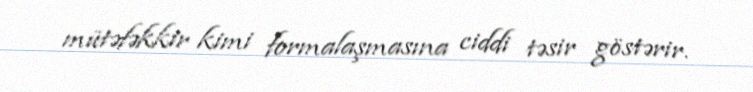
mütəfəkkir kimi formalaşmasına ciddi təsir göstərir.